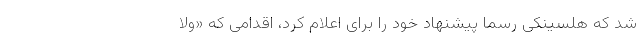
شد که هلسینکی رسماً پیشنهاد خود را برای اعلام کرد، اقدامی که «ولا